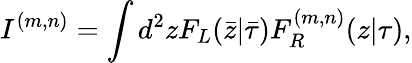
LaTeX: I^{(m,n)}=\int d^{2}zF_{L}(\bar{z}|\bar{\tau})F_{R}^{(m,n)}(z|\tau),